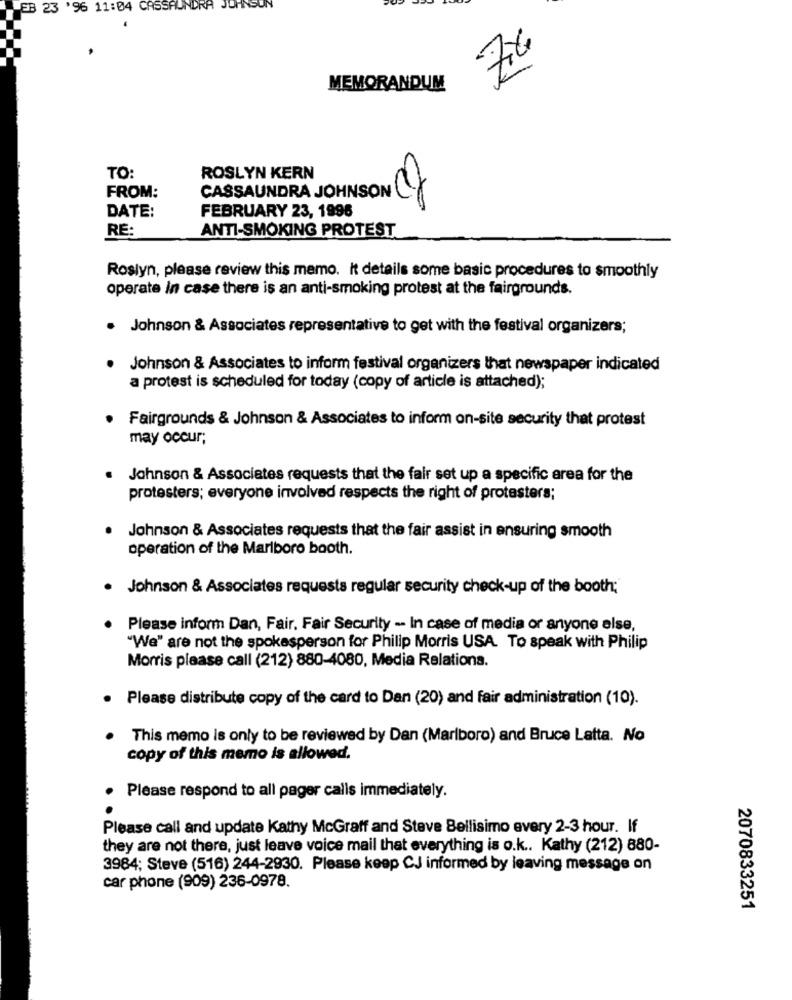
EB 23 '96 11:04 CASSAUNDRA JOHNSUN
MEMORANDUM
TO:
ROSLYN KERN
FROM:
CASSAUNDRA JOHNSON CY
DATE:
FEBRUARY 23, 1996
RE:
ANTI-SMOKING PROTEST
Roslyn, please review this memo. It details some basic procedures to smoothly
operate In case there is an anti-smoking protest at the fairgrounds.
. Johnson & Associates representative to get with the festival organizers;
Johnson & Associates to inform festival organizers that newspaper indicated
a protest is scheduled for today (copy of article is attached);
Fairgrounds & Johnson & Associates to inform on-site security that protest
may occur;
. Johnson & Associates requests that the fair set up a specific area for the
protesters; everyone involved respects the right of protesters;
Johnson & Associates requests that the fair assist in ensuring smooth
operation of the Marlboro booth.
.
Johnson & Associates requests regular security check-up of the booth;
Please inform Dan, Fair. Fair Security -- In case of media or anyone else,
"We" are not the spokesperson for Philip Morris USA. To speak with Philip
Morris please call (212) 880-4080, Media Relations.
Please distribute copy of the card to Dan (20) and fair administration (10).
This memo is only to be reviewed by Dan (Marlboro) and Bruce Latta. No
copy of this memo is allowed.
.
Please respond to all pager calls immediately.
Please call and update Kathy McGraff and Steve Bellisimo every 2-3 hour. If
they are not there, just leave voice mail that everything is o.k .. Kathy (212) 880-
3984; Steve (516) 244-2930. Please keep CJ informed by leaving message on
car phone (909) 236-0978.
2070833251